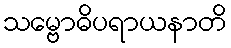
သမ္ဗောဓိပရာယနာတိ